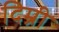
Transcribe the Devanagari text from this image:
दिम्री